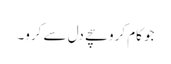
جو کام کرو سچے دل سے کرو۔